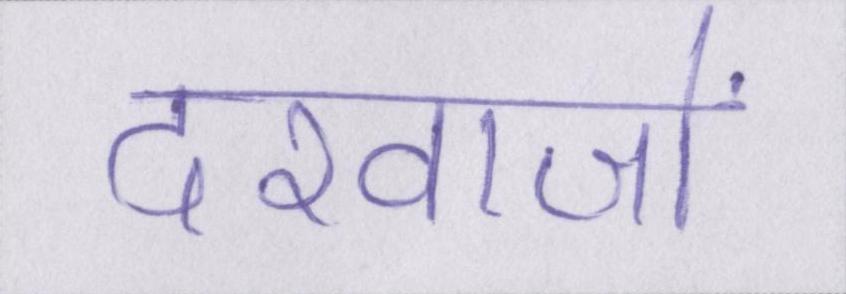
दरवाजों